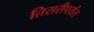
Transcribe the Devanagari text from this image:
तिसरीपर्यंत